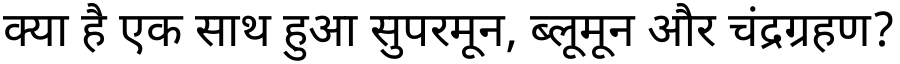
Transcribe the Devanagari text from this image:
क्या है एक साथ हुआ सुपरमून, ब्लूमून और चंद्रग्रहण?